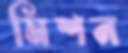
মিশন